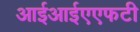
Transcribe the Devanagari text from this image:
आईआईएएफटी